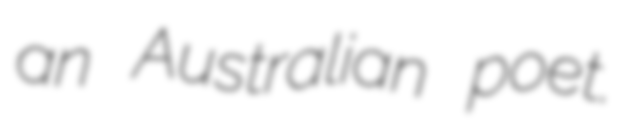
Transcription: an Australian poet.